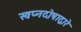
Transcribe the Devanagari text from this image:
स्वप्नदोषाद्वारे